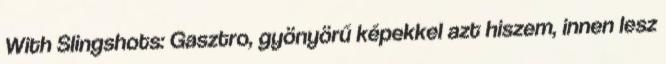
With Slingshots: Gasztro, gyönyörű képekkel azt hiszem, innen lesz